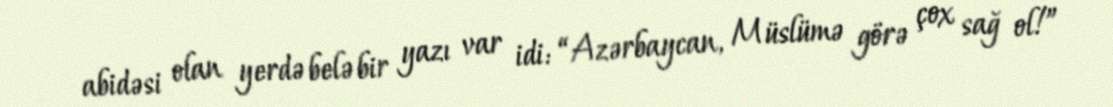
abidəsi olan yerdə belə bir yazı var idi: “Azərbaycan, Müslümə görə çox sağ ol!”